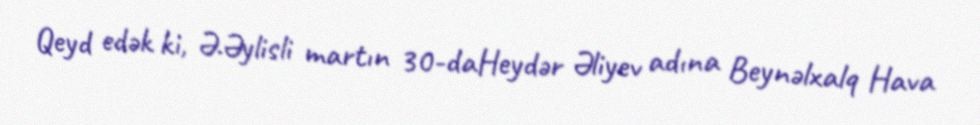
Qeyd edək ki, Ə.Əylisli martın 30-daHeydər Əliyev adına Beynəlxalq Hava